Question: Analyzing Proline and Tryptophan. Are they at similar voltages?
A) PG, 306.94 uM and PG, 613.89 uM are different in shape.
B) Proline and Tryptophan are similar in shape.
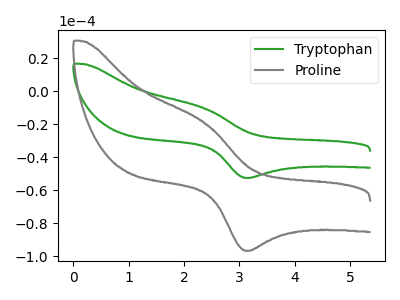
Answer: <think>The green curve "Tryptophan" has an anodic peak at (2.35V, -10.20uA) and a cathodic peak at (3.15V, -52.55uA). The gray curve "Proline" has an anodic peak at (2.35V, -18.80uA) and a cathodic peak at (3.15V, -96.65uA).
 All the peaks in "Proline" have a peak in "Tryptophan" at the same potential.</think>
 <answer>B) "Proline" and "Tryptophan" are similar in shape.</answer>
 <eval>B</eval>